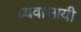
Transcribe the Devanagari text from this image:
व्यवासायी